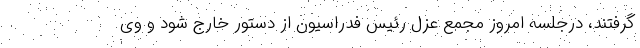
گرفتند، درجلسه امروز مجمع عزل رئیس فدراسیون از دستور خارج شود و وی